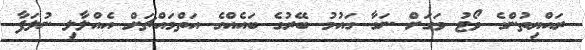
ރައްޔިތުންގެ ވޯޓު ވަގަށް ނަގާ ގައުމު ބޭރުގެ ބައެއްގެ އަތްމައްޗަށް އެއްލާލި ނުލަފާ